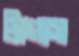
ট্রাগাস